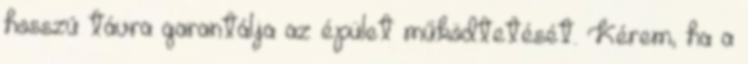
hosszú távra garantálja az épület működtetését. Kérem, ha a